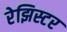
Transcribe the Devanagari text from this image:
रेझिस्टर